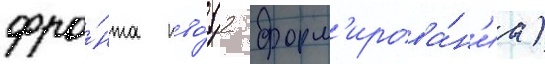
фро́нта пво́ (2 форм'ирова́н'иа)